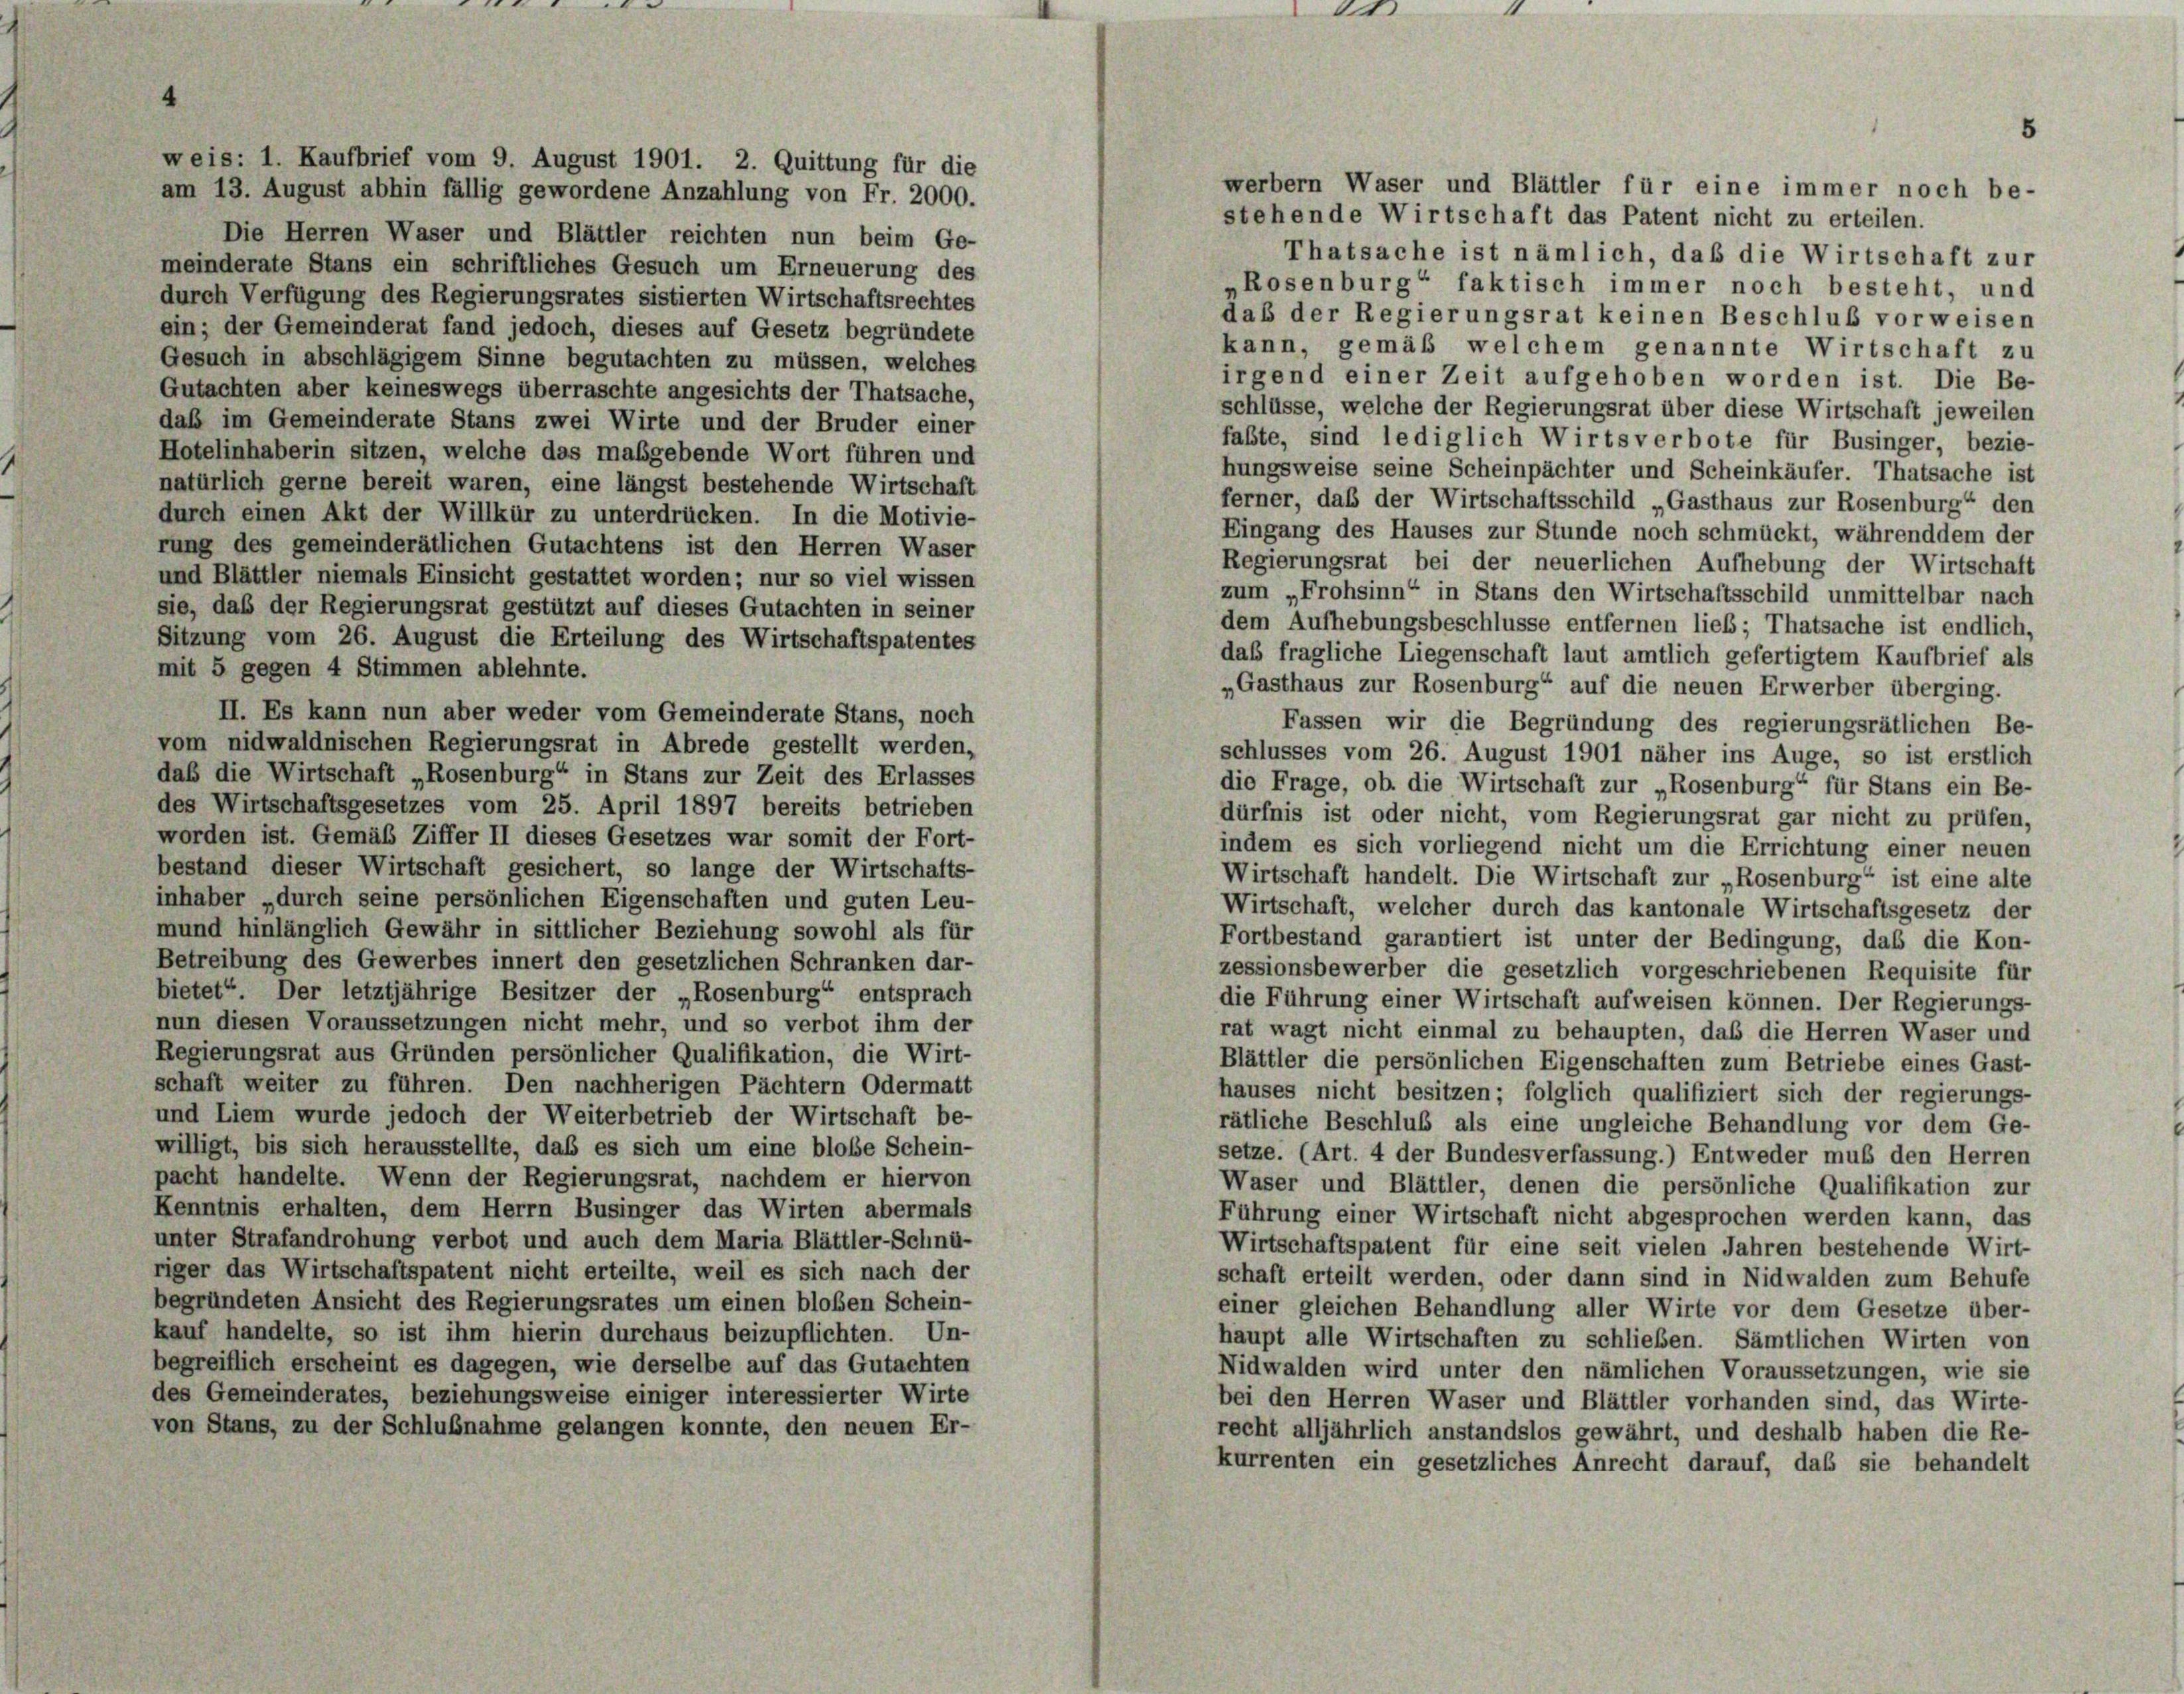
weis: 1. Kaufbrief vom 9. August 1901. 2. Quittung für die

am 13. August abhin fällig gewordene Anzahlung von Fr. 2000.
stehende Wirtschaft das Patent nicht zu erteilen.
Die Herren Waser und Blättler reichten nun beim Ge-
Thatsache ist nämlich, daß die Wirtschaft zur
meinderate Stans ein schriftliches Gesuch um Erneuerung des
„Rosenburg“ faktisch immer noch besteht, und
durch Verfügung des Regierungsrates sistierten Wirtschaftsrechtes
dab der Regierungsrat keinen Beschluß vorweisen
ein; der Gemeinderat fand jedoch, dieses auf Gesetz begründete
kann, gemäß welchem genannte Wirtschaft zu
Gesuch in abschlägigem Sinne begutachten zu müssen, welches
irgend einer Zeit aufgehoben worden ist. Die Be-
Gutachten aber keineswegs überraschte angesichts der Thatsache,
schlüsse, welche der Regierungsrat über diese Wirtschaft jeweilen
daß im Gemeinderate Stans zwei Wirte und der Bruder einer
faßte, sind lediglich Wirtsverbote für Businger, bezie-
Hotelinhaberin sitzen, welche das maßgebende Wort führen und
hungsweise seine Scheinpächter und Scheinkäufer. Thatsache ist
natürlich gerne bereit waren, eine längst bestehende Wirtschaft
ferner, daß der Wirtschaftsschild „Gasthaus zur Rosenburg“ den
durch einen Akt der Willkür zu unterdrücken. In die Motivie-
Eingang des Hauses zur Stunde noch schmückt, währenddem der
rung des gemeinderätlichen Gutachtens ist den Herren Waser
Regierungsrat bei der neuerlichen Aufhebung der Wirtschaft
und Blättler niemals Einsicht gestattet worden; nur so viel wissen
zum „Frohsinn“ in Stans den Wirtschaftsschild unmittelbar nach
sie, das der Regierungsrat gestützt auf dieses Gutachten in seiner
dem Aufhebungsbeschlüsse entfernen lieb; Thatsache ist endlich.
Sitzung vom 26. August die Erteilung des Wirtschaftspatentes
das fragliche Liegenschaft laut amtlich gefertigtem Kaufbrief als
mit 5 gegen 4 Stimmen ablehnte.
„Gasthaus zur Rosenburg“ auf die neuen Erwerber überging.
II. Es kann nun aber weder vom Gemeinderate Stans, noch
Fassen wir die Begründung des regierungsrätlichen Be-
vom nidwaldnischen Regierungsrat in Abrede gestellt werden,
schlusses vom 26. August 1901 näher ins Auge, so ist erstlich
daß die Wirtschaft „Rosenburg“ in Stans zur Zeit des Erlasses
die Frage, ob die Wirtschaft zur „Rosenburg“ für Stans ein Be-
des Wirtschaftsgesetzes vom 25. April 1897 bereits betrieben
dürfnis ist oder nicht, vom Regierungsrat gar nicht zu prüfen,
worden ist. Gemäß Ziffer II dieses Gesetzes war somit der Fort-
indem es sich vorliegend nicht um die Errichtung einer neuen
bestand dieser Wirtschaft gesichert, so lange der Wirtschafts-
Wirtschaft handelt. Die Wirtschaft zur „Rosenburg“ ist eine alte
inhaber „durch seine persönlichen Eigenschaften und guten Leu-
Wirtschaft, welcher durch das kantonale Wirtschaftsgesetz der
mund hinlänglich Gewähr in sittlicher Beziehung sowohl als für
Fortbestand garantiert ist unter der Bedingung, daß die Kon-
Betreibung des Gewerbes innert den gesetzlichen Schranken dar-
zessionsbewerber die gesetzlich vorgeschriebenen Requisite für
bietet“. Der letztjährige Besitzer der „Rosenburg“ entsprach
die Führung einer Wirtschaft aufweisen können. Der Regierungs-
nun diesen Voraussetzungen nicht mehr, und so verbot ihm der
rat wagt nicht einmal zu behaupten, das die Herren Waser und
Regierungsrat aus Gründen persönlicher Qualifikation, die Wirt-
Blättler die persönlichen Eigenschaften zum Betriebe eines Gast-
schaft weiter zu führen. Den nachherigen Pächtern Odermatt
hauses nicht besitzen; folglich qualifiziert sich der regierungs-
und Liem wurde jedoch der Weiterbetrieb der Wirtschaft be-
rätliche Beschluß als eine ungleiche Behandlung vor dem Ge-
willigt, bis sich herausstellte, daß es sich um eine bloße Schein-
setze. (Art. 4 der Bundesverfassung.) Entweder muß den Herren
pacht handelte. Wenn der Regierungsrat, nachdem er hiervon
Waser und Blättler, denen die persönliche Qualifikation zur
Kenntnis erhalten, dem Herrn Businger das Wirten abermals
Führung einer Wirtschaft nicht abgesprochen werden kann, das
unter Strafandrohung verbot und auch dem Maria Blättler-Schnü-
Wirtschaftspatent für eine seit vielen Jahren bestehende Wirt-
riger das Wirtschaftspatent nicht erteilte, weil es sich nach der
schaft erteilt werden, oder dann sind in Nidwalden zum Behufe
begründeten Ansicht des Regierungsrates um einen bloßen Schein-
einer gleichen Behandlung aller Wirte vor dem Gesetze über-
kauf handelte, so ist ihm hierin durchaus beizupflichten. Un-
haupt alle Wirtschaften zu schließen. Sämtlichen Wirten von
begreiflich erscheint es dagegen, wie derselbe auf das Gutachten
Nidwalden wird unter den nämlichen Voraussetzungen, wie sie
des Gemeinderates, beziehungsweise einiger interessierter Wirte
bei den Herren Waser und Blättler vorhanden sind, das Wirte-
von Stans, zu der Schlußnahme gelangen konnte, den neuen Er-
recht alljährlich anstandslos gewährt, und deshalb haben die Re-
kurrenten ein gesetzliches Anrecht darauf, daß sie behandelt

1

werbern Waser und Blättler für eine immer noch be-